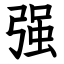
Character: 强